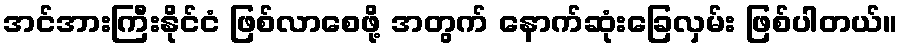
အင်အားကြီးနိုင်ငံ ဖြစ်လာစေဖို့ အတွက် နောက်ဆုံးခြေလှမ်း ဖြစ်ပါတယ်။